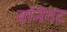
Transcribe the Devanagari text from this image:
वॉनेगट